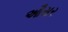
ઔસર